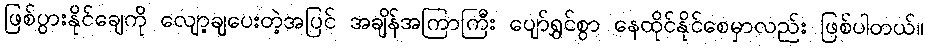
ဖြစ်ပွားနိုင်ချေကို လျော့ချပေးတဲ့အပြင် အချိန်အကြာကြီး ပျော်ရွှင်စွာ နေထိုင်နိုင်စေမှာလည်း ဖြစ်ပါတယ်။